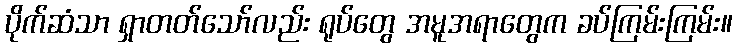
ပိုက်ဆံသာ ရှာတတ်သော်လည်း ရုပ်တွေ အမူအရာတွေက ခပ်ကြမ်းကြမ်း။